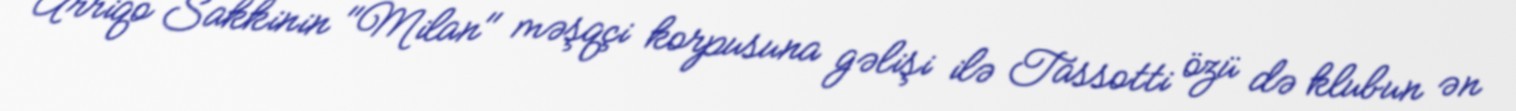
Arriqo Sakkinin "Milan" məşqçi korpusuna gəlişi ilə Tassotti özü də klubun ən